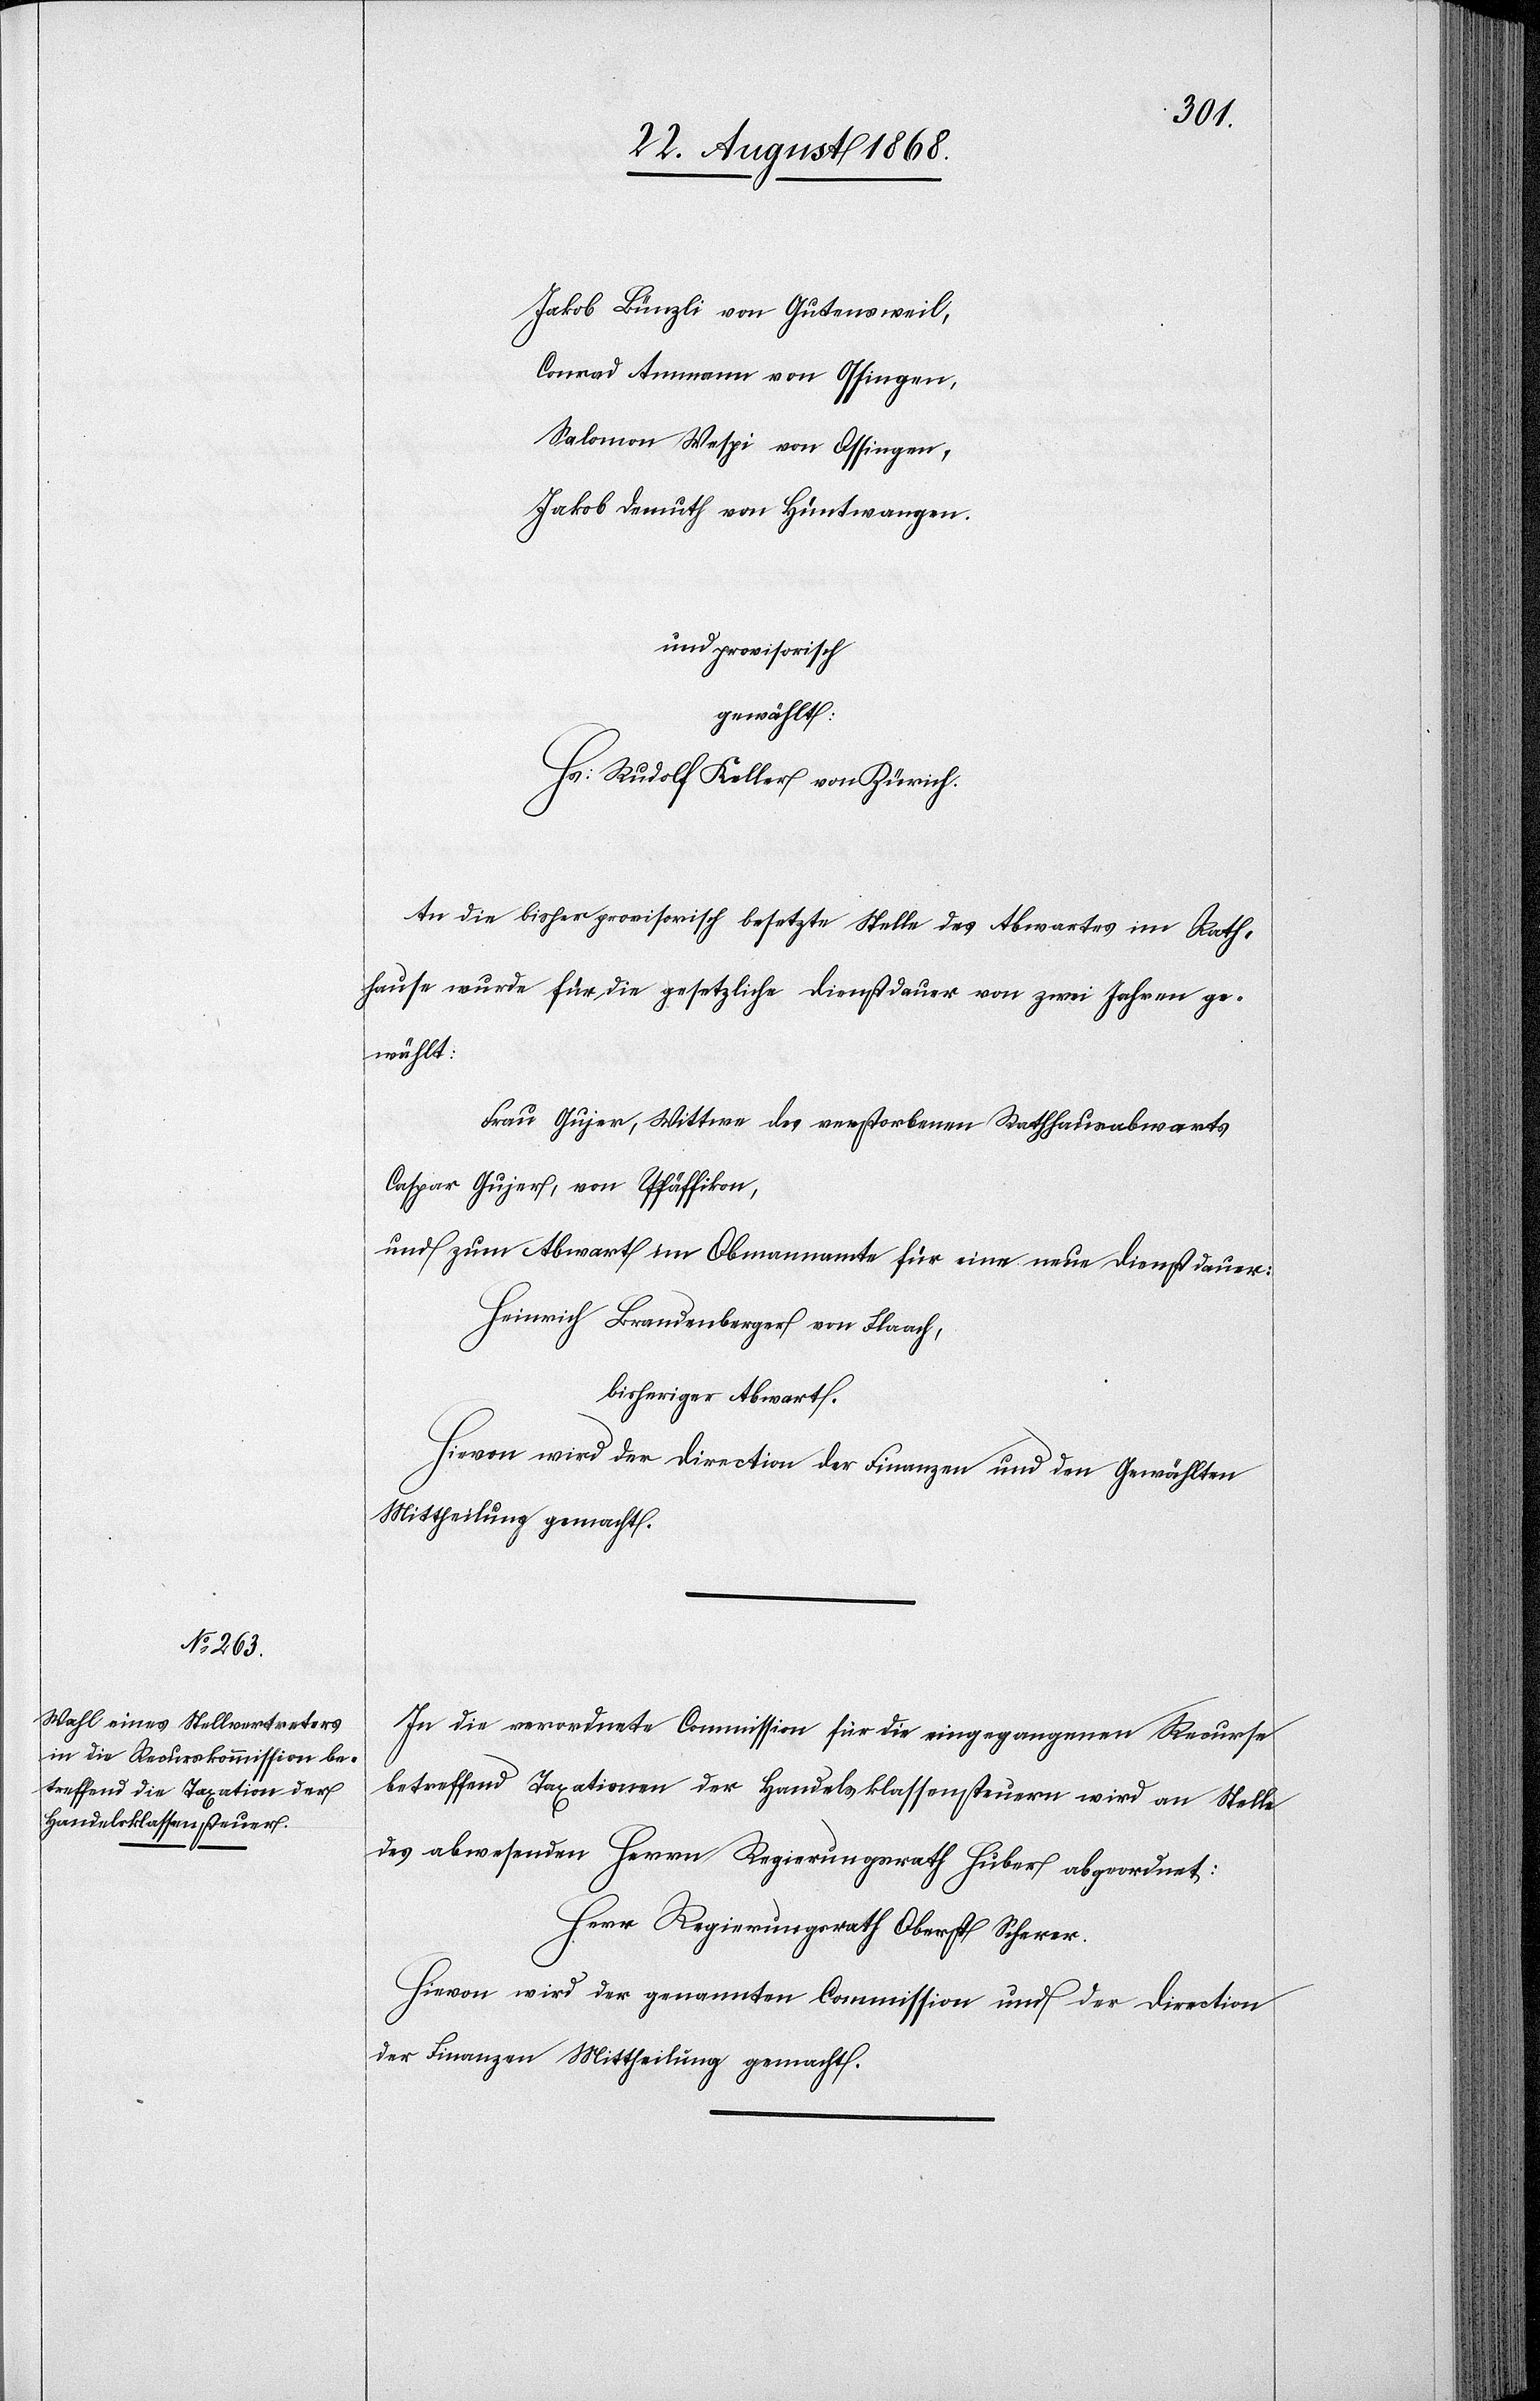
Jakob Bünzli von Gutensweil,
Conrad Ammann von Ossingen,
Salomon Wespi von Ossingen,
Jakob Demuth von Hüntwangen.
und provisorisch
gewählt:
Hs: Rudolf Keller von Zürich.
An die bisher provisorisch besetzte Stelle des Abwartes im Rath¬
hause wurde für die gesetzliche Dienstdauer von zwei Jahren ge¬
wählt:
Frau Gujer, Wittwe des verstorbenen Rathhausabwarts
Caspar Gujer, von Pfäffikon,
und zum Abwart im Obmannamte für eine neue Dienstdauer:
Heinrich Brandenberger von Flaach,
bisheriger Abwart.
Hievon wird der Direction der Finanzen und den Gewählten
Mittheilung gemacht.
In die verordnete Commission für die eingegangenen Recurse
betreffend Taxationen der Handelsklassensteuern wird an Stelle
des abwesenden Herrn Regierungsrath Huber abgeordnet:
Herr Regierungsrath Oberst Scherer.
Hievon wird der genannten Commission und der Direction
der Finanzen Mittheilung gemacht.